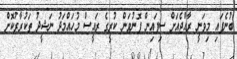
ބުނެފައި މިވަނީ ރާއްޖެއަށް ސިފައިން ފޮނުވަން ކުރީގެ ރައީސް މުހައްމަދު ނަޝީދު ތަކުރާރުކޮށް